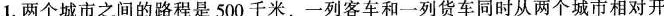
1.两个城市之间的路程是500千米，一列客车和一列货车同时从两个城市相对开